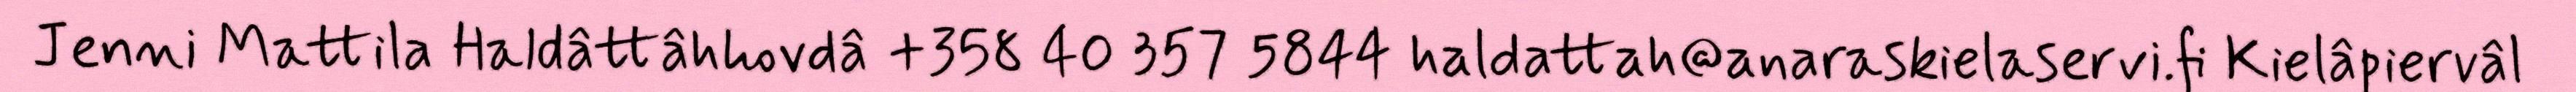
Jenni Mattila Haldâttâhhovdâ +358 40 357 5844 haldattah@anaraskielaservi.fi Kielâpiervâl